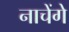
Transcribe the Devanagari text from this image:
नाचेंगे